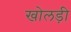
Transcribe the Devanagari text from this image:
खोलड़ी